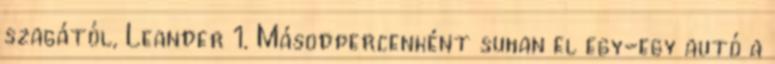
szagától, Leander 1. Másodpercenként suhan el egy-egy autó a